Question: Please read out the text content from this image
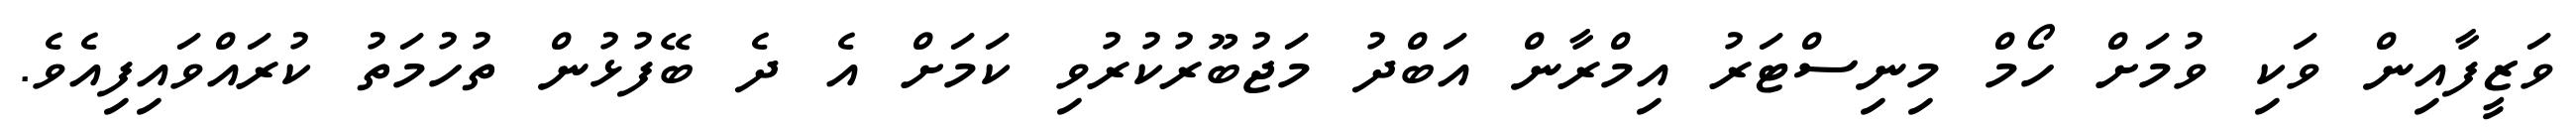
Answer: ވަޒީފާއިން ވަކި ވުމަށް ހޯމް މިނިސްޓަރު އިމްރާން އަބްދު މަޖުބޫރުކުރުވި ކަމަށް އެ ދެ ބޭފުޅުން ތުހުމަތު ކުރައްވައިފިއެވެ.